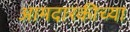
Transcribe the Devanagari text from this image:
आमदारकीच्या